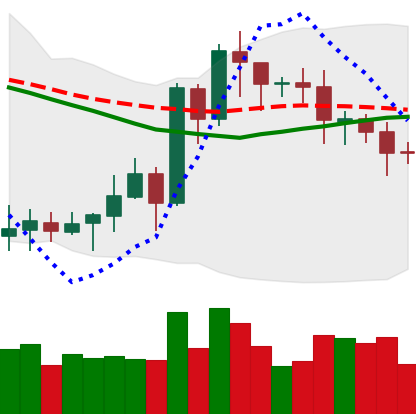
Ticker: EOS-USD
Chart end date: 2020-07-17
Forward return: 6.505%
Label: up_5_7